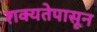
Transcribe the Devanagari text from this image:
शक्यतेपासून